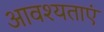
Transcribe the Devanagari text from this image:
आवश्यताएं